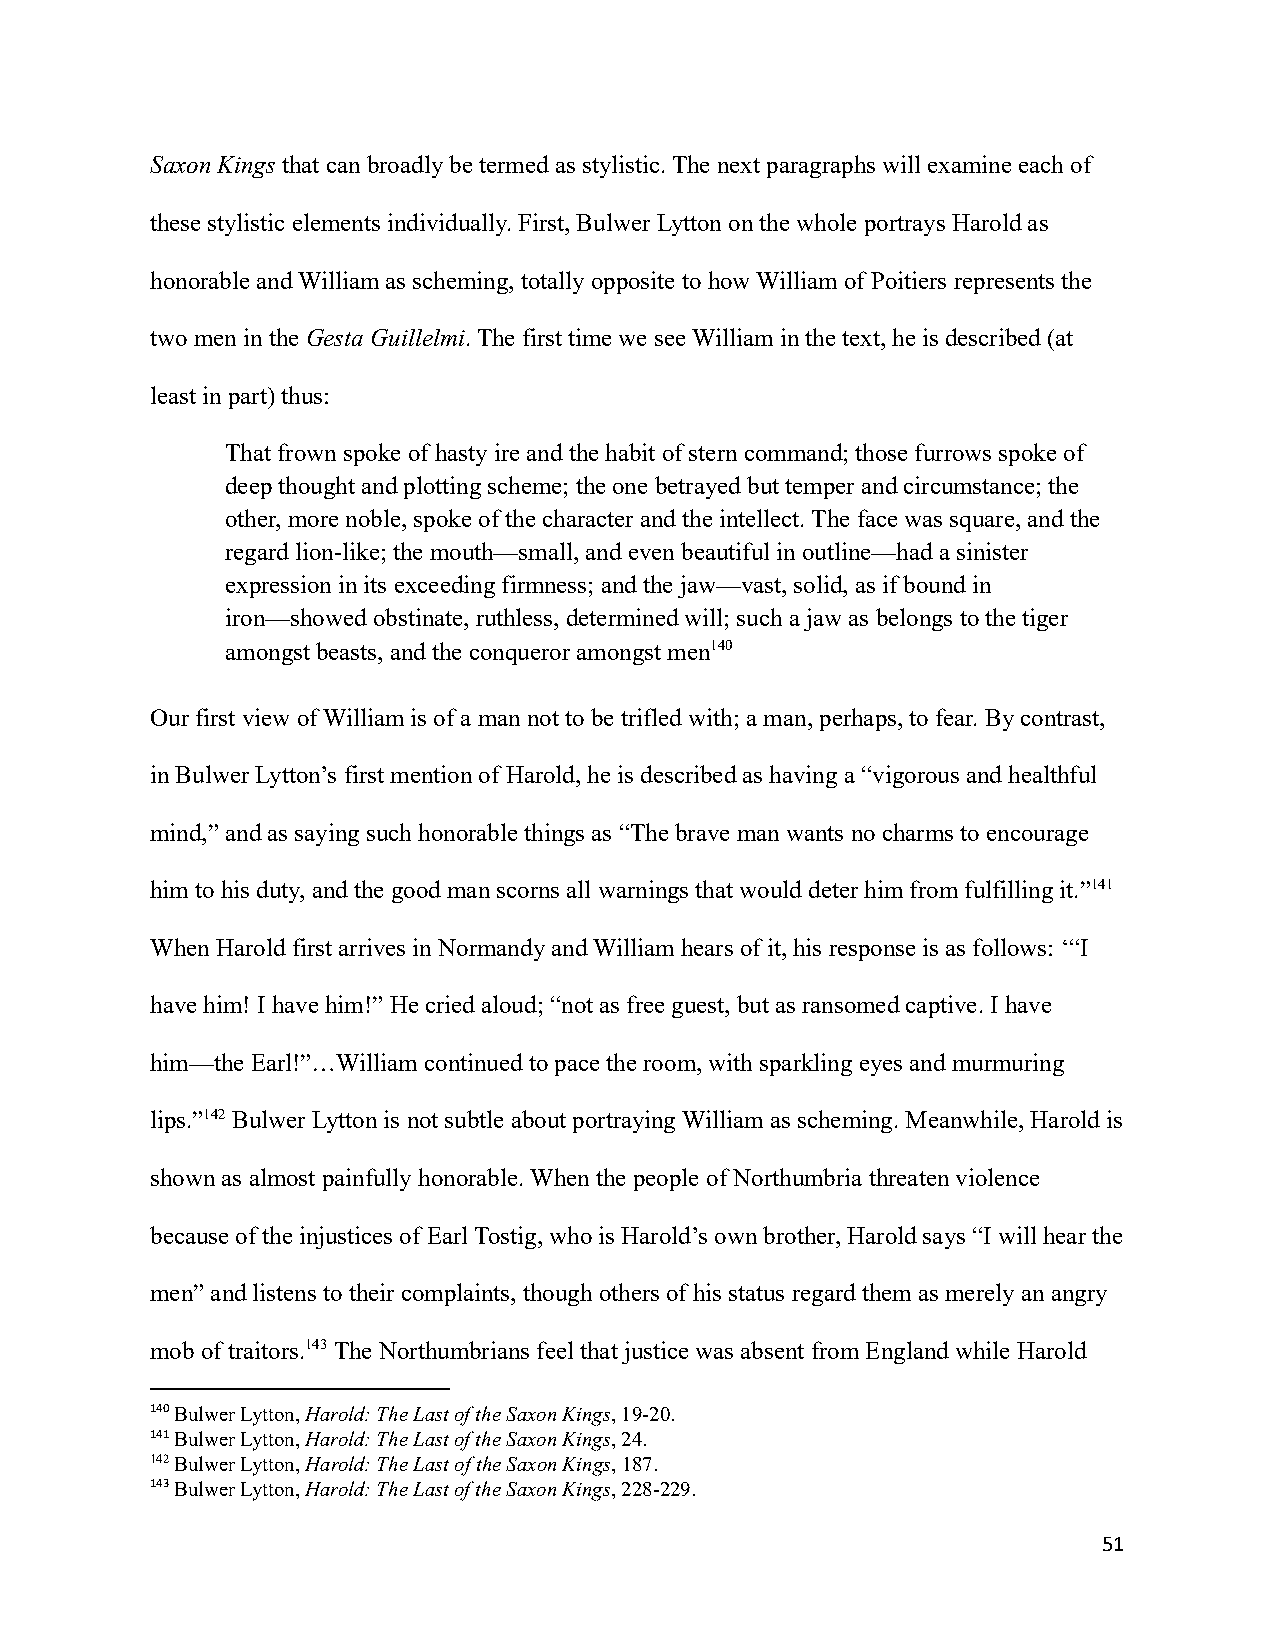
Saxon Kingsthat can broadly be termed as stylistic. The next paragraphs will examine each of
 these stylistic elements individually. First, Bulwer Lytton on the whole portrays Harold as
 honorable and William as scheming, totally opposite to how William of Poitiers represents the
 two men in theGesta Guillelmi. The first time we see William in the text, he is described (at
 least in part) thus:
 That frown spoke of hasty ire and the habit of sterncommand; those furrows spoke of
 deep thought and plotting scheme; the one betrayedbut temper and circumstance; the
 other, more noble, spoke of the character and theintellect. The face was square, and the
 regard lion-like; the mouth—small, and even beautifulin outline—had a sinister
 expression in its exceeding firmness; and the jaw—vast,solid, as if bound in
 iron—showed obstinate, ruthless, determined will;such a jaw as belongs to the tiger
 amongst beasts, and the conqueror amongst men140
 Our first view of William is of a man not to be trifled with; a man, perhaps, to fear. By contrast,
 in Bulwer Lytton’s first mention of Harold, he isdescribed as having a “vigorous and healthful
 mind,” and as saying such honorable things as “Thebrave man wants no charms to encourage
 him to his duty, and the good man scorns all warningsthat would deter him from fulfilling it.”141
 When Harold first arrives in Normandy and William hears of it, his response is as follows: ‘“I
 have him! I have him!” He cried aloud; “not as freeguest, but as ransomed captive. I have
 him—the Earl!”…William continued to pace the room,with sparkling eyes and murmuring
 lips.”142Bulwer Lytton is not subtle about portrayingWilliam as scheming. Meanwhile, Harold is
 shown as almost painfully honorable. When the people of Northumbria threaten violence
 because of the injustices of Earl Tostig, who is Harold’s own brother, Harold says “I will hear the
 men” and listens to their complaints, though othersof his status regard them as merely an angry
 mob of traitors.143The Northumbrians feel that justicewas absent from England while Harold
 140Bulwer Lytton,Harold: The Last of the Saxon Kings,19-20.
 141Bulwer Lytton,Harold: The Last of the Saxon Kings,24.
 142Bulwer Lytton,Harold: The Last of the Saxon Kings,187.
 143Bulwer Lytton,Harold: The Last of the Saxon Kings,228-229.
 51